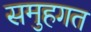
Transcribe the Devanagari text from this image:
समुहगत